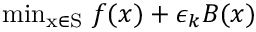
\mathrm { m i n _ { x \in S } } \, \, f ( x ) + \epsilon _ { k } B ( x )